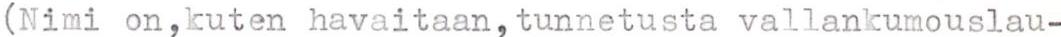
(Nimi on,kuten havaitaan,tunnetusta vallankumouslau-